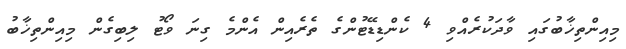
މިއިންތިޚާބުގައި ވާދަކުރެއްވި 4 ކެންޑިޑޭޓުންގެ ތެރެއިން އެންމެ ގިނަ ވޯޓު ލިބިގެން މިއިންތިޚާބު